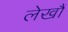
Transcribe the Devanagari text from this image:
लेखौं